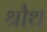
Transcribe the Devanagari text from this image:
श्रौथ